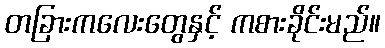
တခြားကလေးတွေနှင့် ကစားခိုင်းမည်။